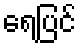
ရေပြင်